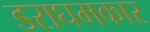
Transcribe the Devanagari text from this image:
डराघमकार